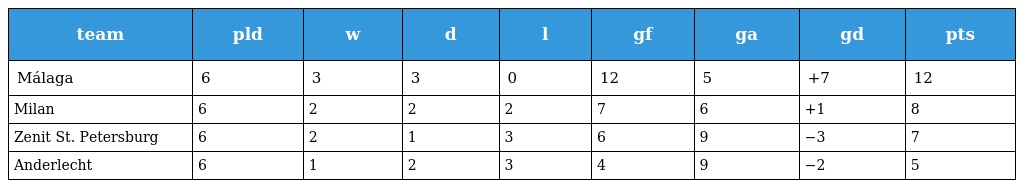
| team | pld | w | d | l | gf | ga | gd | pts |
 | --- | --- | --- | --- | --- | --- | --- | --- | --- |
 | Málaga | 6 | 3 | 3 | 0 | 12 | 5 | +7 | 12 |
 | Milan | 6 | 2 | 2 | 2 | 7 | 6 | +1 | 8 |
 | Zenit St. Petersburg | 6 | 2 | 1 | 3 | 6 | 9 | −3 | 7 |
 | Anderlecht | 6 | 1 | 2 | 3 | 4 | 9 | −2 | 5 |